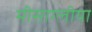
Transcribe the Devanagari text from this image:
मीसाग्लीया